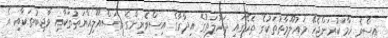
އިސްވެ ހާމަކުރަންޖެހޭ މައުލޫމާތުތަކުގެ ތެރޭގައި ދައުލަތުގެ އިދާރާގެ އިސްވެރިންގެ މަސްއޫލިއްޔަތުތަކާއި ވާޖިބުތަކާއި އެ